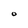
Character: O